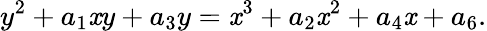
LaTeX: y^{2}+a_{1}\mathit{x}y+a_{3}y=\mathit{x}^{3}+a_{2}\mathit{x}^{2}+a_{4}\mathit{x}+a_{6}.